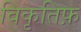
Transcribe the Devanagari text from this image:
विकृतिफ़